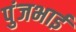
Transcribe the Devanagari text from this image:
पुंजभाई